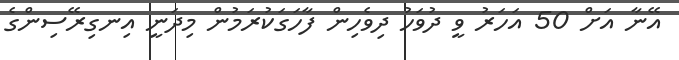
އޭނާ އަށް 50 އަހަރު ވީ ދުވަހު ދިވެހިން ފާހަގަކުރަމުން މިދަނީ އިނގިރޭސިންގެ